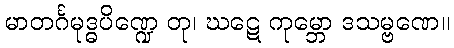
မာတင်္ဂမုဒ္ဓပိဏ္ဍေ တု၊ ဃဋေ ကုမ္ဘော ဒသမ္ဗဏေ။